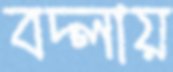
বদ্‌লায়